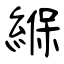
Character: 緥